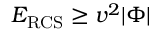
{ \cal E } _ { \mathrm { R C S } } \geq v ^ { 2 } | \Phi |